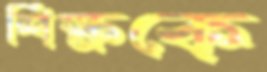
শিক্ষকে